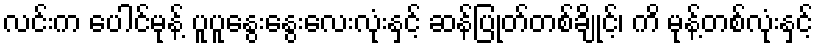
လင်းက ပေါင်မုန့် ပူပူနွေးနွေးလေးလုံးနှင့် ဆန်ပြုတ်တစ်ချိုင့်၊ ကိ မုန့်တစ်လုံးနှင့်